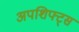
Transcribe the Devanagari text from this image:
अपशिफ्ट्स